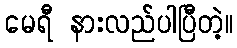
မေရီ နားလည်ပါပြီတဲ့။